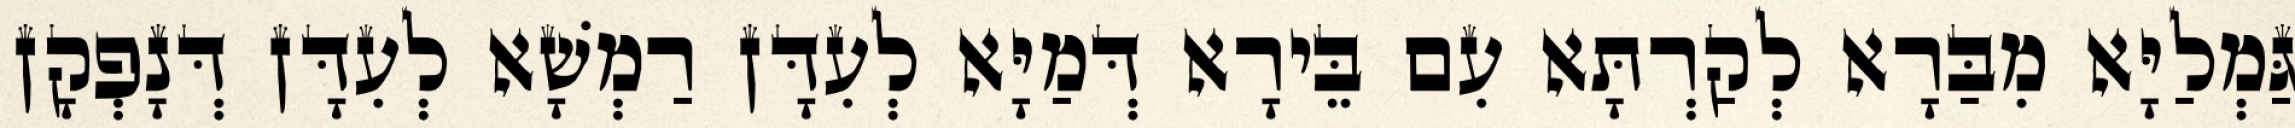
גַּמְלַיָּא מִבַּרָא לְקַרְתָּא עִם בֵּירָא דְּמַיָּא לְעִדָּן רַמְשָׁא לְעִדָּן דְּנָפְקָן